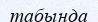
табында